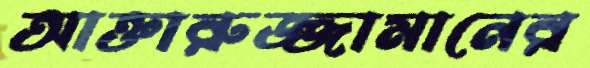
আক্তারুজ্জামানের